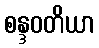
စန္ဒဝတိယာ